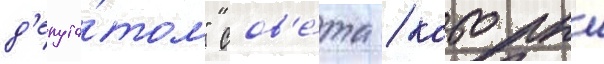
д'епута́том" сов'е́та / которыи